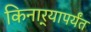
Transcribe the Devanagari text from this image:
किनार्‍यापर्यंत